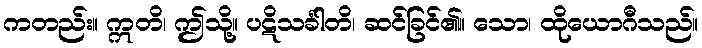
ကတည်း။ ဣတိ၊ ဤသို့။ ပဋိသင်္ခါတိ၊ ဆင်ခြင်၏။ သော၊ ထိုယောဂီသည်။